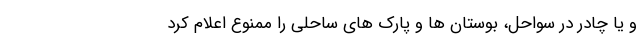
و یا چادر در سواحل، بوستان ها و پارک های ساحلی را ممنوع اعلام کرد